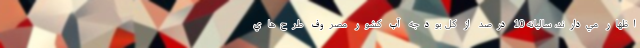
اظهار مي‌دارند، ساليانه 10 درصد از كل بودجه آب كشور مصروف طرح‌هاي